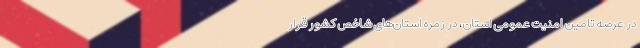
در عرصه تامین امنیت عمومی استان، در زمره استان‌های شاخص کشور قرار